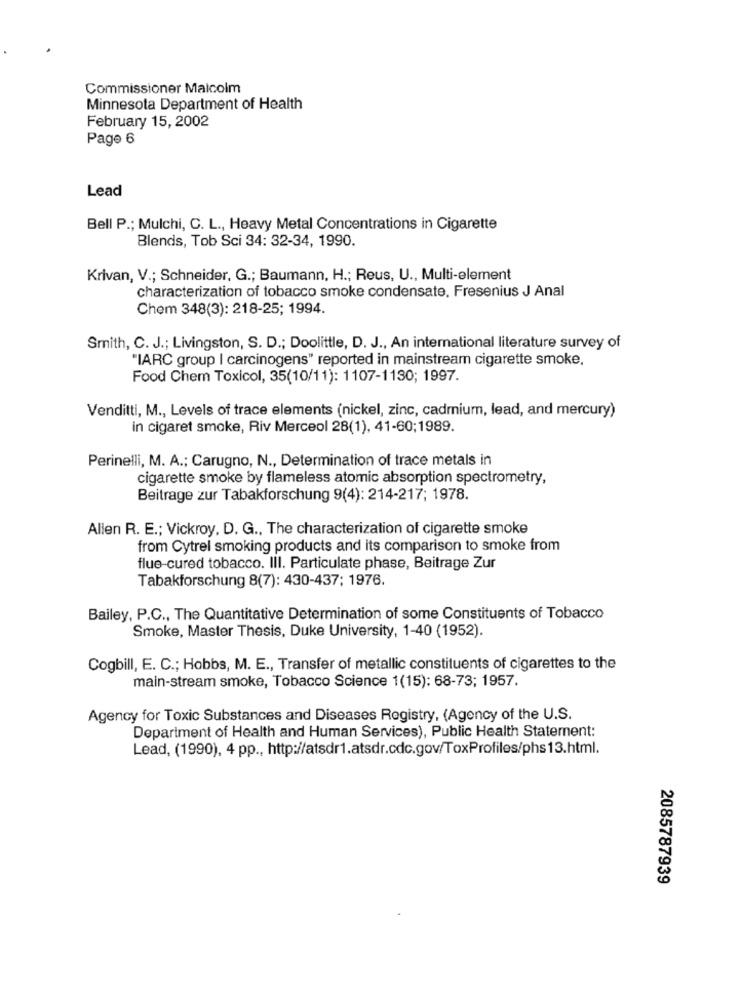
Commissioner Malcolm
Minnesota Department of Health
February 15, 2002
Page 6
Lead
Bell P .; Mulchi, C. L ., Heavy Metal Concentrations in Cigarette
Blends, Tob Sci 34: 32-34, 1990.
Krivan, V .; Schneider, G .; Baumann, H .; Reus, U ., Multi-element
characterization of tobacco smoke condensate. Fresenius J Anal
Chem 348(3): 218-25; 1994.
Smith, C. J .; Livingston, S. D .; Doolittle, D. J ., An international literature survey of
"IARC group | carcinogens" reported in mainstream cigarette smoke.
Food Chem Toxicol, 35(10/11): 1107-1130; 1997.
Venditti, M ., Levels of trace elements (nickel, zinc, cadmium, lead, and mercury)
in cigaret smoke, Riv Merceol 28(1), 41-60;1989.
Perinelli, M. A .; Carugno, N ., Determination of trace metals in
cigarette smoke by flameless atomic absorption spectrometry,
Beitrage zur Tabakforschung 9(4): 214-217; 1978.
Allen R. E .; Vickroy, D. G ., The characterization of cigarette smoke
from Cytrel smoking products and its comparison to smoke from
flue-cured tobacco. Ill. Particulate phase, Beitrage Zur
Tabakforschung 8(7): 430-437; 1976.
Bailey, P.C ., The Quantitative Determination of some Constituents of Tobacco
Smoke, Master Thesis, Duke University, 1-40 (1952).
Cogbill, E. C .; Hobbs, M. E ., Transfer of metallic constituents of cigarettes to the
main-stream smoke, Tobacco Science 1(15): 68-73; 1957.
Agency for Toxic Substances and Diseases Registry, (Agency of the U.S.
Department of Health and Human Services), Public Health Statement:
Lead, (1990), 4 pp ., http://atsdr1.atsdr.cdc.gov/ToxProfiles/phs13.html.
2085787939